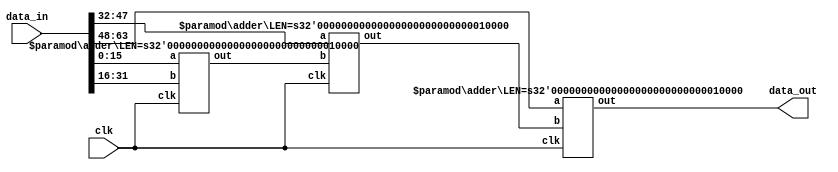
`timescale 1ns / 1ps


module linear_dist#(parameter NUM_PES=4, DATA_TYPE=16)
(
    input                         clk,
    
    input  [NUM_PES*DATA_TYPE-1:0] data_in,
    output [DATA_TYPE-1:0]         data_out
    );

    wire [(NUM_PES-1)*DATA_TYPE-1:0]   adder_out;


    adder#(.LEN(DATA_TYPE)) linear_add_first(.clk(clk), .a(data_in[DATA_TYPE-1:0]), .b(data_in[2*DATA_TYPE-1:DATA_TYPE]), .out(adder_out[DATA_TYPE-1:0]));
    genvar i;
    generate
        for (i=2; i < NUM_PES; i=i+1) begin: gen_linear_adder
            adder#(.LEN(DATA_TYPE)) linear_add(.clk(clk), .a(data_in[(i+1)*DATA_TYPE-1:i*DATA_TYPE]), .b(adder_out[(i-1)*DATA_TYPE-1:(i-2)*DATA_TYPE]), .out(adder_out[i*DATA_TYPE-1:(i-1)*DATA_TYPE]) );
        end
    endgenerate
  
    assign data_out = adder_out[(NUM_PES-1)*DATA_TYPE-1:(NUM_PES-2)*DATA_TYPE];

endmodule



module adder#(parameter LEN = 16)(
    input  clk,
    input  [LEN-1:0] a,
    input  [LEN-1:0] b,
    output [LEN-1:0]  out
    );
    reg  [LEN-1:0]  out_inner;
    always@(posedge clk)
    begin
         out_inner <= a[0]? a : b;
    end
    
    assign out = out_inner;
endmodule